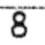
8